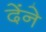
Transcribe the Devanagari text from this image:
देंने